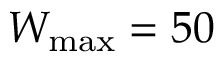
W _ { \mathrm { m a x } } = 5 0